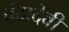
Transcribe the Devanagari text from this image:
चंदादेवी